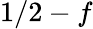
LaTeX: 1/2-f